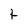
Character: t